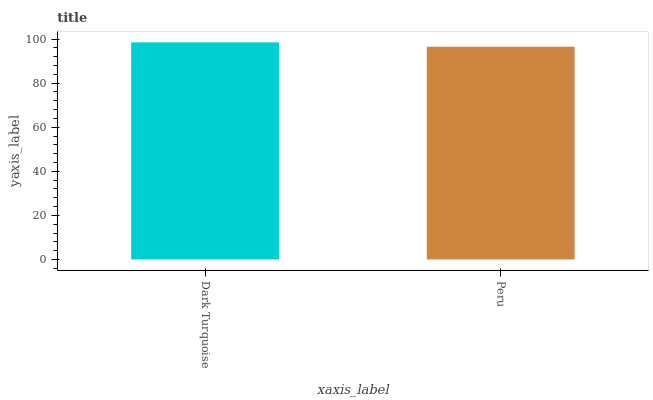
| xaxis_label | bars |
 | --- | --- |
 | Dark Turquoise | 98.5 |
 | Peru | 96.5 |